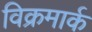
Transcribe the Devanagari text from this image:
विक्रमार्क